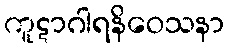
ကူဋာဂါရနိဝေသနာ